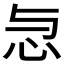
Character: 𢗓